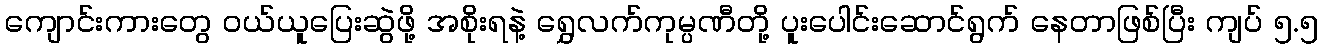
ကျောင်းကားတွေ ဝယ်ယူပြေးဆွဲဖို့ အစိုးရနဲ့ ရွှေလက်ကုမ္ပဏီတို့ ပူးပေါင်းဆောင်ရွက် နေတာဖြစ်ပြီး ကျပ် ၅.၅